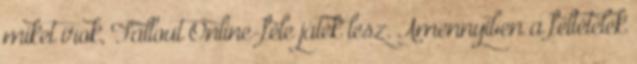
miket írok, Fallout Online-féle játék lesz. Amennyiben a feltételek